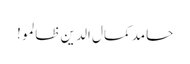
حامد کمال الدین ظالمو!